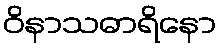
ဝိနာသဓာရိနော